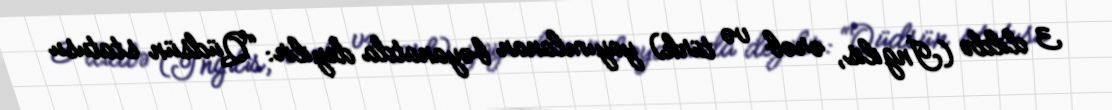
3 dildə (İngilis, ərəb və türk) yayımlanan bəyanatda deyilir: “Qüdsün statusu